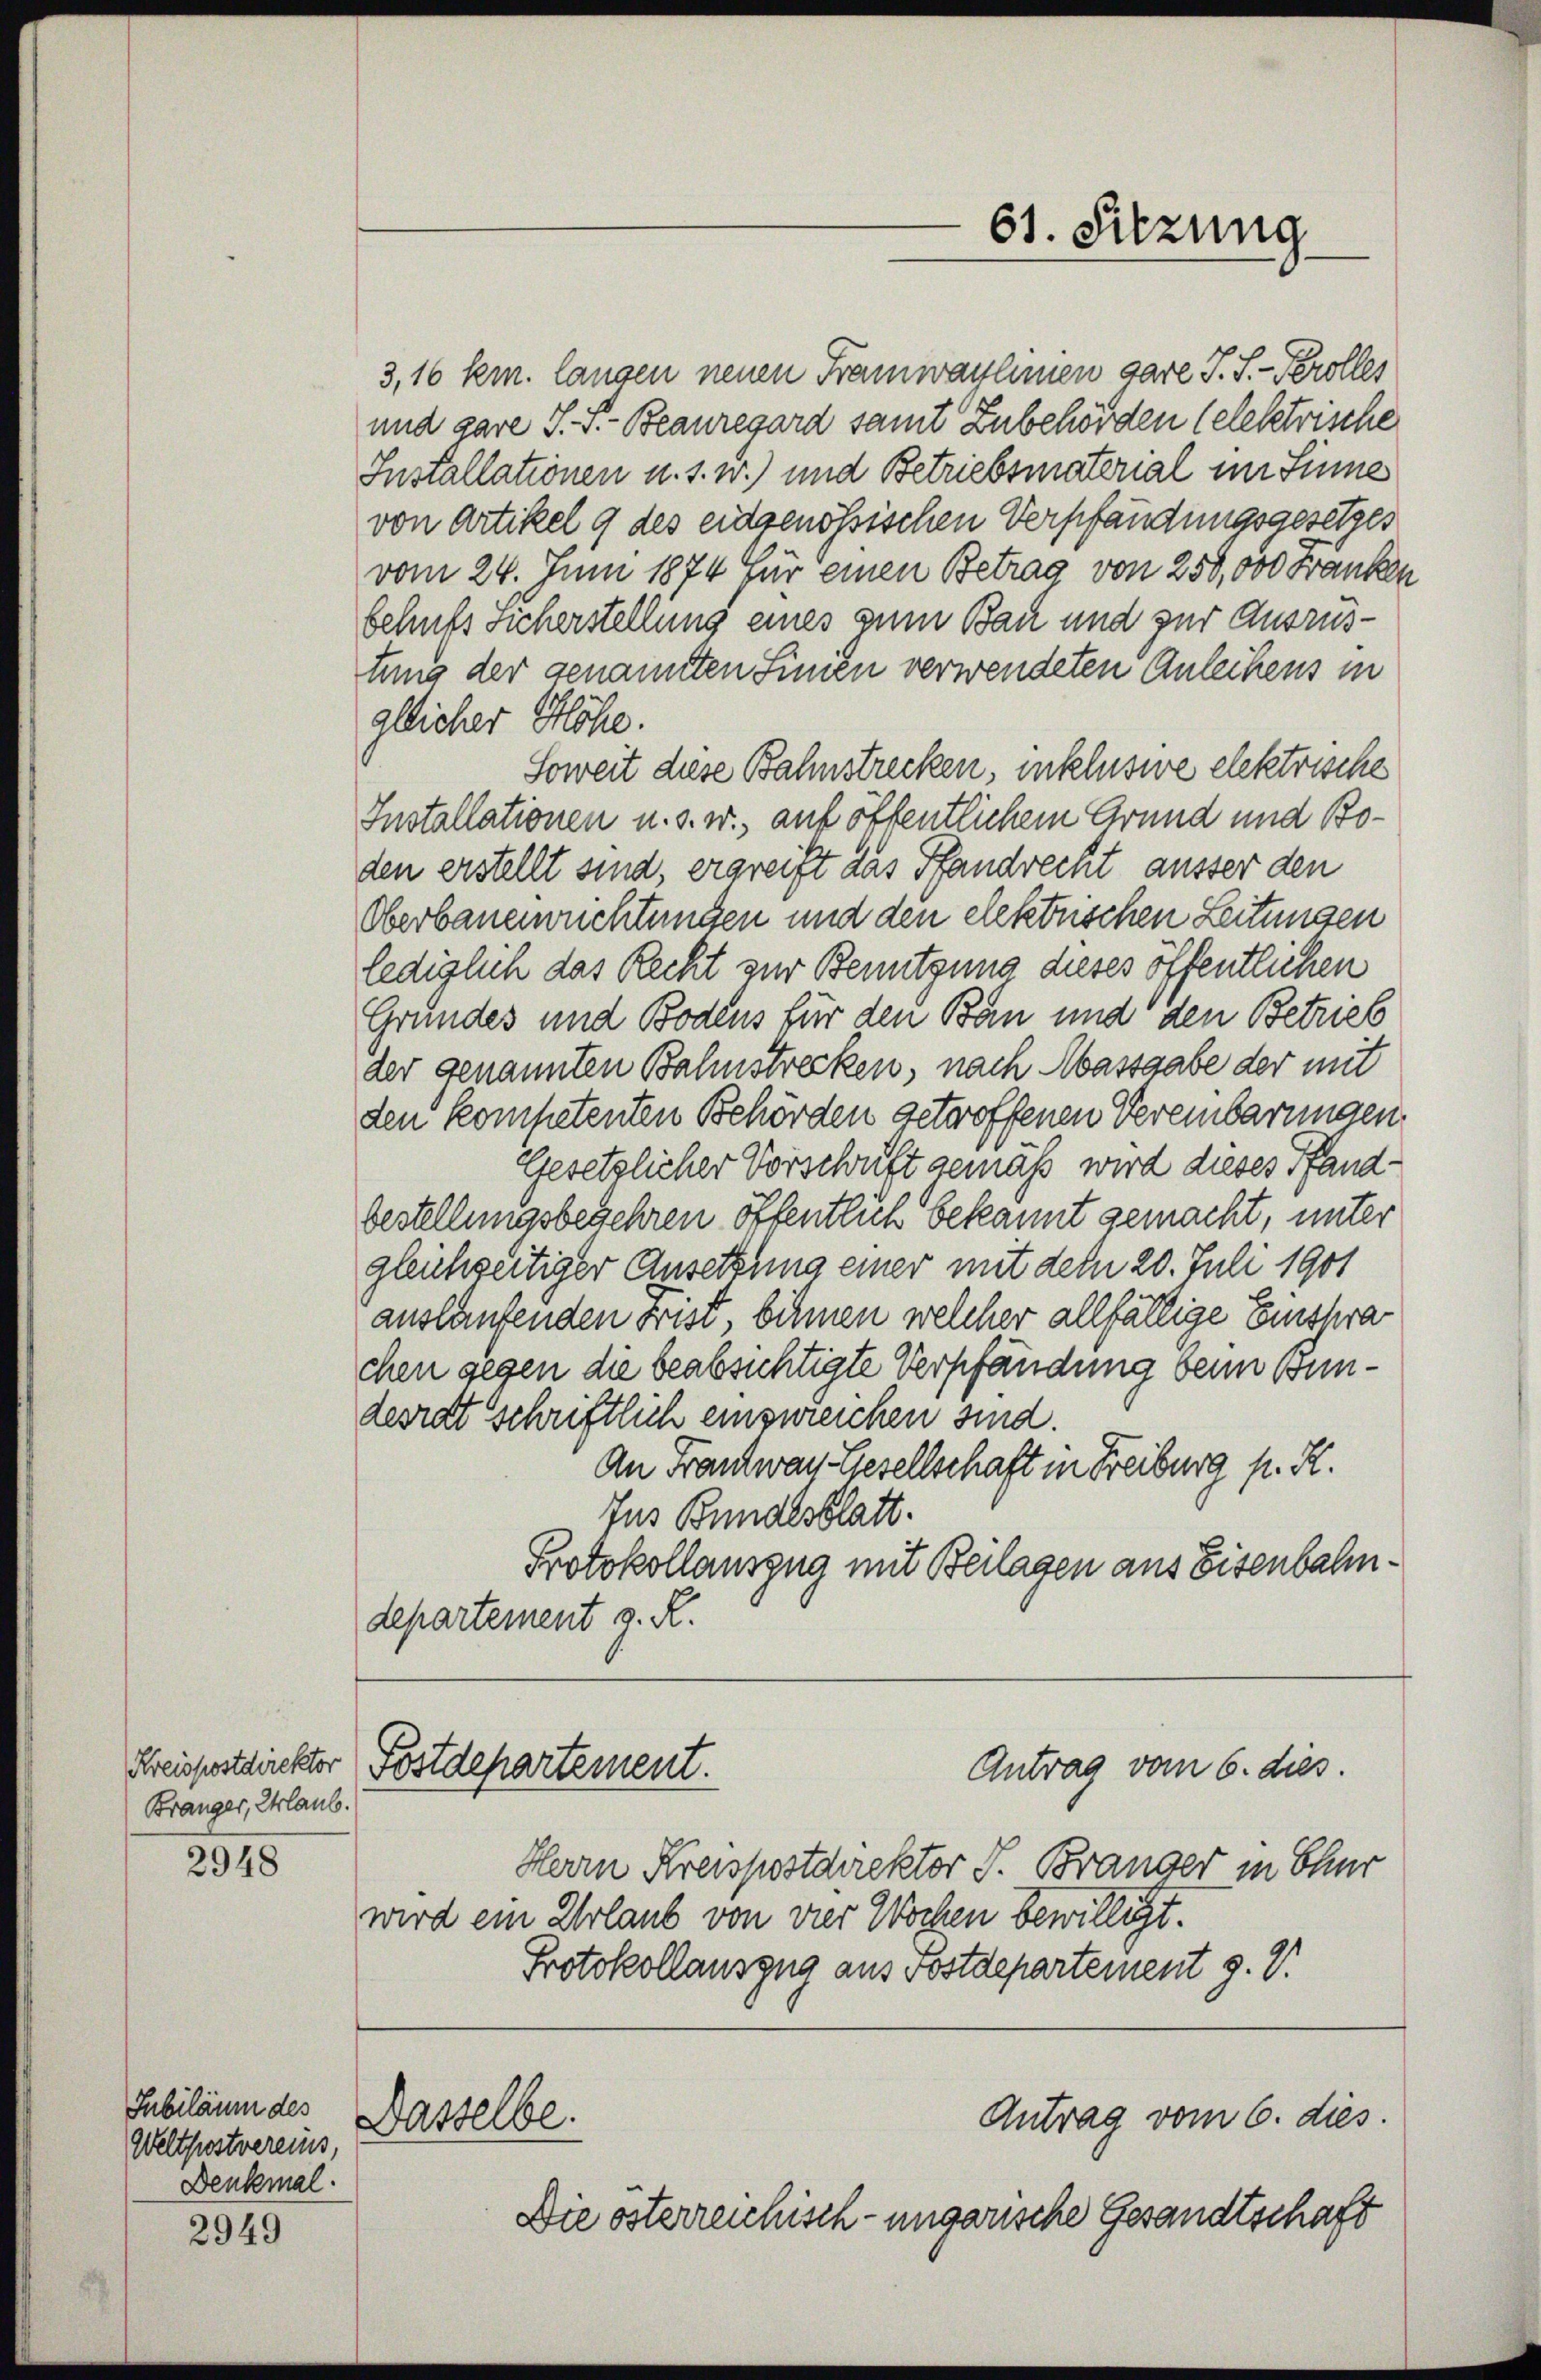
Kreispostdirektor
Bränger, Erlaub.

2948

Jubiläum des
Weltpestvereins,
Denkmal

2949

3,16 km. langen neuen Framwaylinien gare J. S. Perolles
und gare S. S. Beauregard samt Zubehörden (elektrische
Installationen u. s. w.) und Betriebsmaterial im Sinne
von Artikel 9 des eidgenössischen Verpfandungsgesetzes
vom 24. Juni 1874 für einen Betrag von 250,000 Franken
behufs Sicherstellung eines zum Bau und zur Ausrustung der genannten Sinien verwendeten Anleihens in
gllicher Höhe.
Soweit diese Bahnstrecken, inklusive elektrische
Installationen u. s. w., auf öffentlichem Grund und Boden erstellt sind, ergreift das Pfandrecht ausser den
Oberbaueinrichtungen und den elektrischen Leitungen
lediglich das Recht zur Benutzung dieses öffentlichen
Grundes und Bodens für den Bau und den Betrieb
der genannten Bahnstrecken, nach Massgabe der mit
den kompetenten Behörden getroffenen Vereinbarungen
Gesetzlicher Vorschrift gemäß wird dieses Pfand-
bestellungsbegehren öffentlich bekannt gemacht, unter
gleichseitiger Ansetzung einer mit dem 20. Juli 1901
auslaufenden Frist, binnen welcher allfällige Einspra
chen gegen die beabsichtigte Verpfändung beim Bundesrat schriftlich einzureichen sind.
An Frantwan Gesellschaft in Freiburg p. R.
Jus Bundesblatt.
Protokollauszug mit Beilagen aus Eisenbahndepartement v. R.
Antrag vom 6. dies.
Postdepartement.
Herrn Kreispostdirektor J. Branger in Chur
wird ein Urlaub von vier Wochen bewilligt.
Protokollauszug aus Postdepartement g.V.
Antrag vom 6. dies
Dasselbe.
Die österreichisch-ungarische Gesandtschaft

61. Sitzung